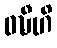
ဝဍ္ဎီဟိ